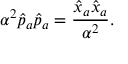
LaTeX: \alpha ^ { 2 } \hat { p } _ { a } \hat { p } _ { a } = \frac { \hat { x } _ { a } \hat { x } _ { a } } { \alpha ^ { 2 } } .